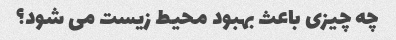
چه چیزی باعث بهبود محیط زیست می شود؟